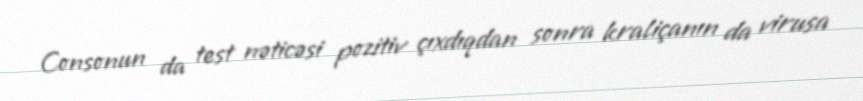
Consonun da test nəticəsi pozitiv çıxdıqdan sonra kraliçanın da virusa